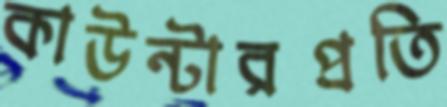
কাউন্টারপ্রতি